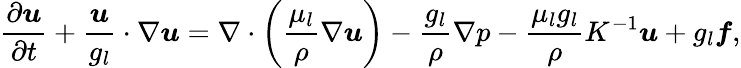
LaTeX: \frac{\partial\boldsymbol{u}}{\partial t}+\frac{\boldsymbol{u}}{g_{l}}\cdot\nabla\boldsymbol{u}=\nabla\cdot\left(\frac{\mu_{l}}{\rho}\nabla\boldsymbol{u}\right)-\frac{g_{l}}{\rho}\nabla p-\frac{\mu_{l}g_{l}}{\rho}K^{-1}\boldsymbol{u}+g_{l}\boldsymbol{f},